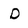
Character: D